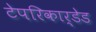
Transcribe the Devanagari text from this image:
टेपरिकार्डेड